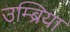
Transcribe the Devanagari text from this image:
उम्ब्रिया